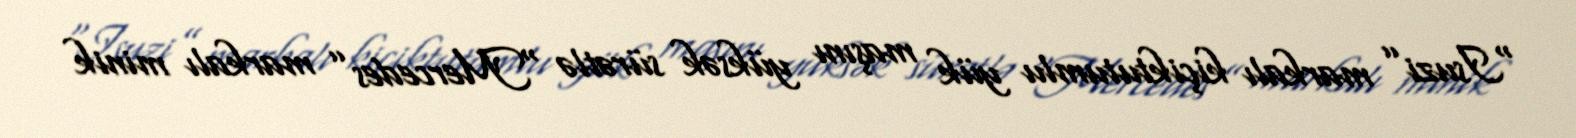
“Isuzi” markalı kiçiktutumlu yük maşını yüksək sürətlə “Mercedes” markalı minik